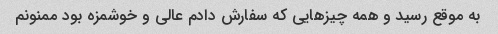
به موقع رسید و همه چیزهایی که سفارش دادم عالی و خوشمزه بود ممنونم